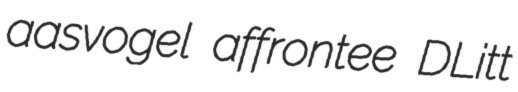
aasvogel affrontee DLitt